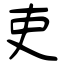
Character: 吏